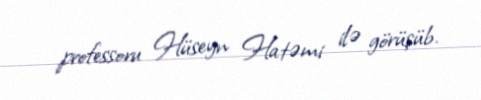
professoru Hüseyn Hatəmi ilə görüşüb.